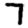
Digit: 7